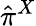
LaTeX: \hat{\pi}^{X}